Annual report of the Civil Veterinary Department, Bengal, and of the Bengal Veterinary College for the year 1904-1905 - 1904-1905
Year: 1904
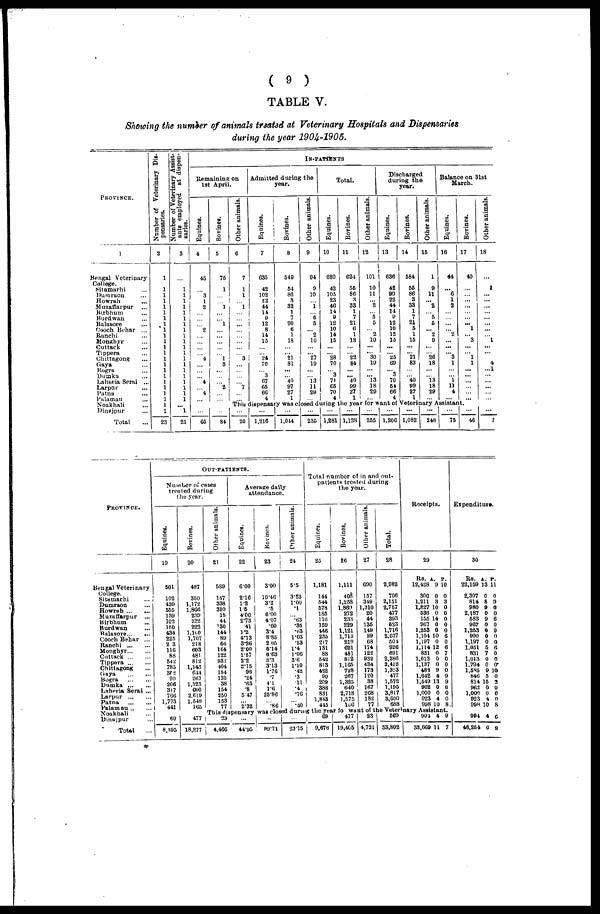
(
9
)
TABLE
V.
Showing
the number
of animals
treated
at Veterinary
Hospitals
and
Dispensaries
during
the year
1904.-1905.
PROVINCE.
1
Bengal Veterinary
College.
Silamarhi ...
Dumraon ...
Howrah ...
Muzaffarpur
...
Birbhum ...
Burdwan ...
Balasore ...
Cooch Behar ...
Ranchi ...
Monghyr ...
Cuttack ...
Tippera ...
Chittagong ...
Gaya ...
Bogra ...
Dumka ...
Laheria Serai ...
Larpur ...
Patna ...
Palamau ...
Noakhali ...
Dinajpur ...
Total ...
Number of Veterinary Dis-
pensaries.
2
1
1
1
1
1
1
1
1
1
1
1
1
1
1
1
1
1
1
1
1
1
1
1
23
Number of Veterinary Assist-
ants employed at dispen-
saries.
3
...
1
1
1
1
1
1
1
1
1
1
1
1
1
1
1
1
1
1
1
1
... 1
21
IN-PATIENTS
Remaining on
1st April.
Equines.
4
45
...
3
1
2
...
...
... 2
...
...
...
... 4
...
...
... 4
... 4
...
...
...
65
Bovines.
5
75
1
...
... 1
...
... 1
...
...
...
...
... 1
3
...
...
... 2
...
...
...
...
84
Other animals.
6
7
1
1
... 1
...
...
...
...
...
...
...
... 3
...
...
...
... 7
...
...
Admitted during the
year.
Equines.
7
635
42
102
22
44
11
9
12
8
14
15
...
... 24
70
... 3
67
65
66
4
Bovines.
8
549
54
86
3
32
1
7
20
6
1
18
...
... 21
81
...
... 40
97
27
1
Other animals.
9
94
9
10
... 1
... 5
5
... 2
10
... ...
27
19
...
... 13
11
29
...
Total.
Equines.
10
680
42
105
23
46
14
9
12
10
14
15
...
... 28
70
... 3
71
65
70
4
Bovines.
11
624
55
86
3
33
1
7
21
6
1
18
...
... 22
84
...
...
40
99
27
1
Other animals.
12
101
10
11
... 2
... 5
5
... 2
10
...
...
30
19
... ...
13
18
29
...
Discharged
during the
year.
Equines.
13
636
42
99
22
44
14
9
12
10
12
15
...
... 25
69
... 3
70
54
66
4
Bovines.
14
584
55
86
3
33
1
7
21
5
1
15
...
... 21
83
...
... 40
99
27
1
Other animals.
15
1
9
11
... 2
... 5
5
... 2
9
...
... 26
18
...
... 13
18
29
...
Balance on 31st
March.
Equines.
16
44
...
6
1
2
...
...
...
... 2
... ...
... 3
1
... ...
1
11
4
...
Bovines.
17
40
...
... ...
...
...
...
... 1
... 3
...
1
1
...
...
...
... ...
...
This dispensary was closed during the year for want of Veterinary Assistant.
...
20
...
1,216
...
1,044
...
235
...
1,281
...
1,128
...
255
...
1,206
...
1,082
...
248
...
75
...
46
Other animals.
18
...
1
... ...
...
...
...
...
...
... 1
...
...
4
...1
...
...
...
...
...
...
7
PROVINCE.
Bengal Veterinary
College.
Sitamarhi ...
Dumraon ...
Howrah ... ...
Muzaffarpur ...
Birbhum ...
Burdwan ...
Balasore...
...
Cooch Behar ...
Ranchi ... ...
Monghyr...
...
Cuttack ... ...
Tippera ... ...
Chittagong ...
Gaya
...
...
Bogra ... ...
Dumka ... ...
Laheria Serai ...
Larpur
...
...
Patna
...
...
Palaman .. ...
Noakhali ...
Dinajpur ...
Total ...
OUT-PATIENTS.
Number of cases
treated during
the year.
Equines.
19
501
102
439
555
139
102
150
434
225
2 3
116
88
542
785
382
90
206
317
766
1,773
441
69
8,895
Bovines.
20
487
350
1,172
1,866
239
232
222
1,100
1,707
218
603
481
812
1,143
644
267
1,325
600
2.619
1.548
165
477
18,277
Other animals.
21
589
147
338
310
18
44
130
144
89
66
164
122
932
404
154
120
38
154
250
153
77
Average daily
attendance.
Equines.
22
6.00
2.16
1.2
1.5
4.00
2.73
.41
1.2
4.13
3.26
2.00
1.57
2.2
2.15
.96
.24
.65
.8
5.47
... 2.32
Bovines.
23
3.00
10.46
3.2
.5
6.00
4.07
.60
3.4
8.85
205
5.14
6 63
3.3
3.13
1.76
.7
4.1
1.6
25.86
... .86
Other animals.
24
5.5
3.53
1.00
.1
... .63
.35
.63
1.03
.53
1.4
1.06
3.6
1.10
.42
.3
.11
.4
.76
... .40
Total number of in and out-
patients treated during
the year.
Equines.
25
1,181
144
544
578
185
no
159
446
235
217
131
88
542
813
422
90
209
388
831
1,843
415
Bovines.
26
1,111
405
1,258
1,869
272
233
229
1,121
1,713
219
621
481
812
1,165
728
267
1,325
640
2,718
1,575
166
Other animals.
27
690
157
349
1,310
20
44
135
149
89
68
174
122
932
434
173
120
38
167
268
182
77
Total.
28
2,982
706
2,151
2,757
477
393
623
1,716
2,037
501
926
691
2,286
2,412
1,323
477
1,572
1,195
3,817
3,600
688
Receipts.
29
RS. A. P.
12,428 9 10
300 0 0
1,211 3 3
1,827 10 0
536 0 0
155 14 0
967 0 0
1,253 0 0
1,104 10 6
1,197 0 0
1,114 12 6
831 0 7
1,013 0 0
1,137 0 0
482 9 0
1,642 4 9
1,549 13 9
962 0 0
1,000 0 0
923 4 0
998 10 8.
This dispensary was closed during the year fo want of the Veterinary Assistant.
23
4,466
...
44.95
...
99.71
...
23.15
69
9,676
477
19,465
23
4,721
569
33,802
991 4 9
33,669 11 7
Expenditure.
30
RS. A. P.
22,159 13 11
2,307 0 0
814 8 9
980 9 0
2,187 0 0
583 9 6
967 0 0
1,253 0 0
990 0 0
1,197 0 0
1,051 5 6
831 7 0
1,013 0 0
1,794 0 0
1,585 9 10
846 5 0
814 15 2
962 0 0
1,000 0 0
923 4 0
998 10 8
994 4 6
46,254 0 8
*